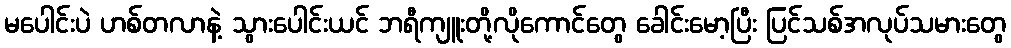
မပေါင်းပဲ ဟစ်တလာနဲ့ သွားပေါင်းယင် ဘရီကျူးတို့လိုကောင်တွေ ခေါင်းမော့ပြီး ပြင်သစ်အလုပ်သမားတွေ